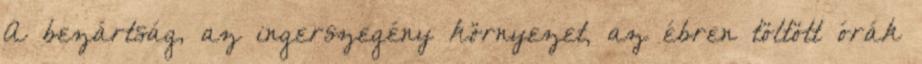
A bezártság, az ingerszegény környezet, az ébren töltött órák